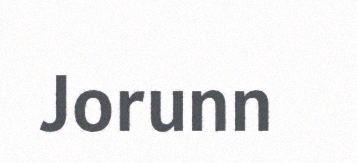
Jorunn